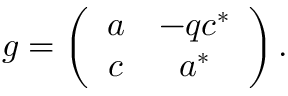
g = \left( \begin{array} { c c } { { a } } & { { - q c ^ { * } } } \\ { { c } } & { { a ^ { * } } } \end{array} \right) .